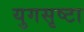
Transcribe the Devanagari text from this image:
युगसृष्टा